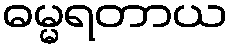
ဓမ္မရတာယ